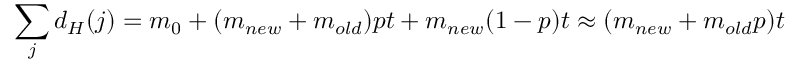
\sum _ { j } d _ { H } ( j ) = m _ { 0 } + ( m _ { n e w } + m _ { o l d } ) p t + m _ { n e w } ( 1 - p ) t \approx ( m _ { n e w } + m _ { o l d } p ) t